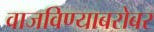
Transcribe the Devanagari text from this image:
वाजविण्याबरोबर